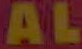
AL